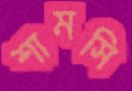
শামসি